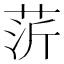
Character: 䓅